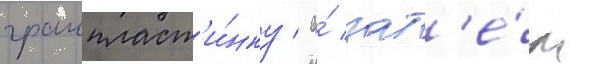
грампласт'и́нку / а́ зат'е́м